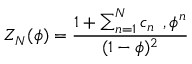
Z _ { N } ( \phi ) = \frac { 1 + \sum _ { n = 1 } ^ { N } c _ { n } \, \; , \phi ^ { n } } { ( 1 - \phi ) ^ { 2 } }